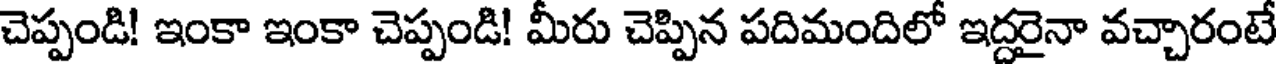
చెప్పండి! ఇంకా ఇంకా చెప్పండి! మీరు చెప్పిన పదిమందిలో ఇద్దరైనా వచ్చారంటే